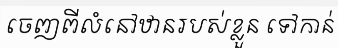
ចេញពីលំនៅឋានរបស់ខ្លួន ទៅកាន់